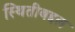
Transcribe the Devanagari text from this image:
स्थितीबद्दल